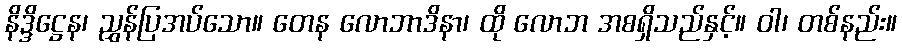
နိဒ္ဒိဋ္ဌေန၊ ညွှန်ပြအပ်သော။ တေန လောဘာဒိနာ၊ ထို လောဘ အစရှိသည်နှင့်။ ဝါ၊ တစ်နည်း။